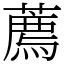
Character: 薦